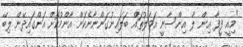
"މިއީ ފީފާ އިން ލާ އިންސާނީ އަމަލުތައް ބަލައިނުގަންނާނެކަން އާންމުކޮށް އަންގައިދޭން ލިބޭ